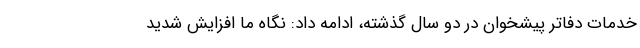
خدمات دفاتر پیشخوان در دو سال گذشته، ادامه داد: نگاه ما افزایش شدید